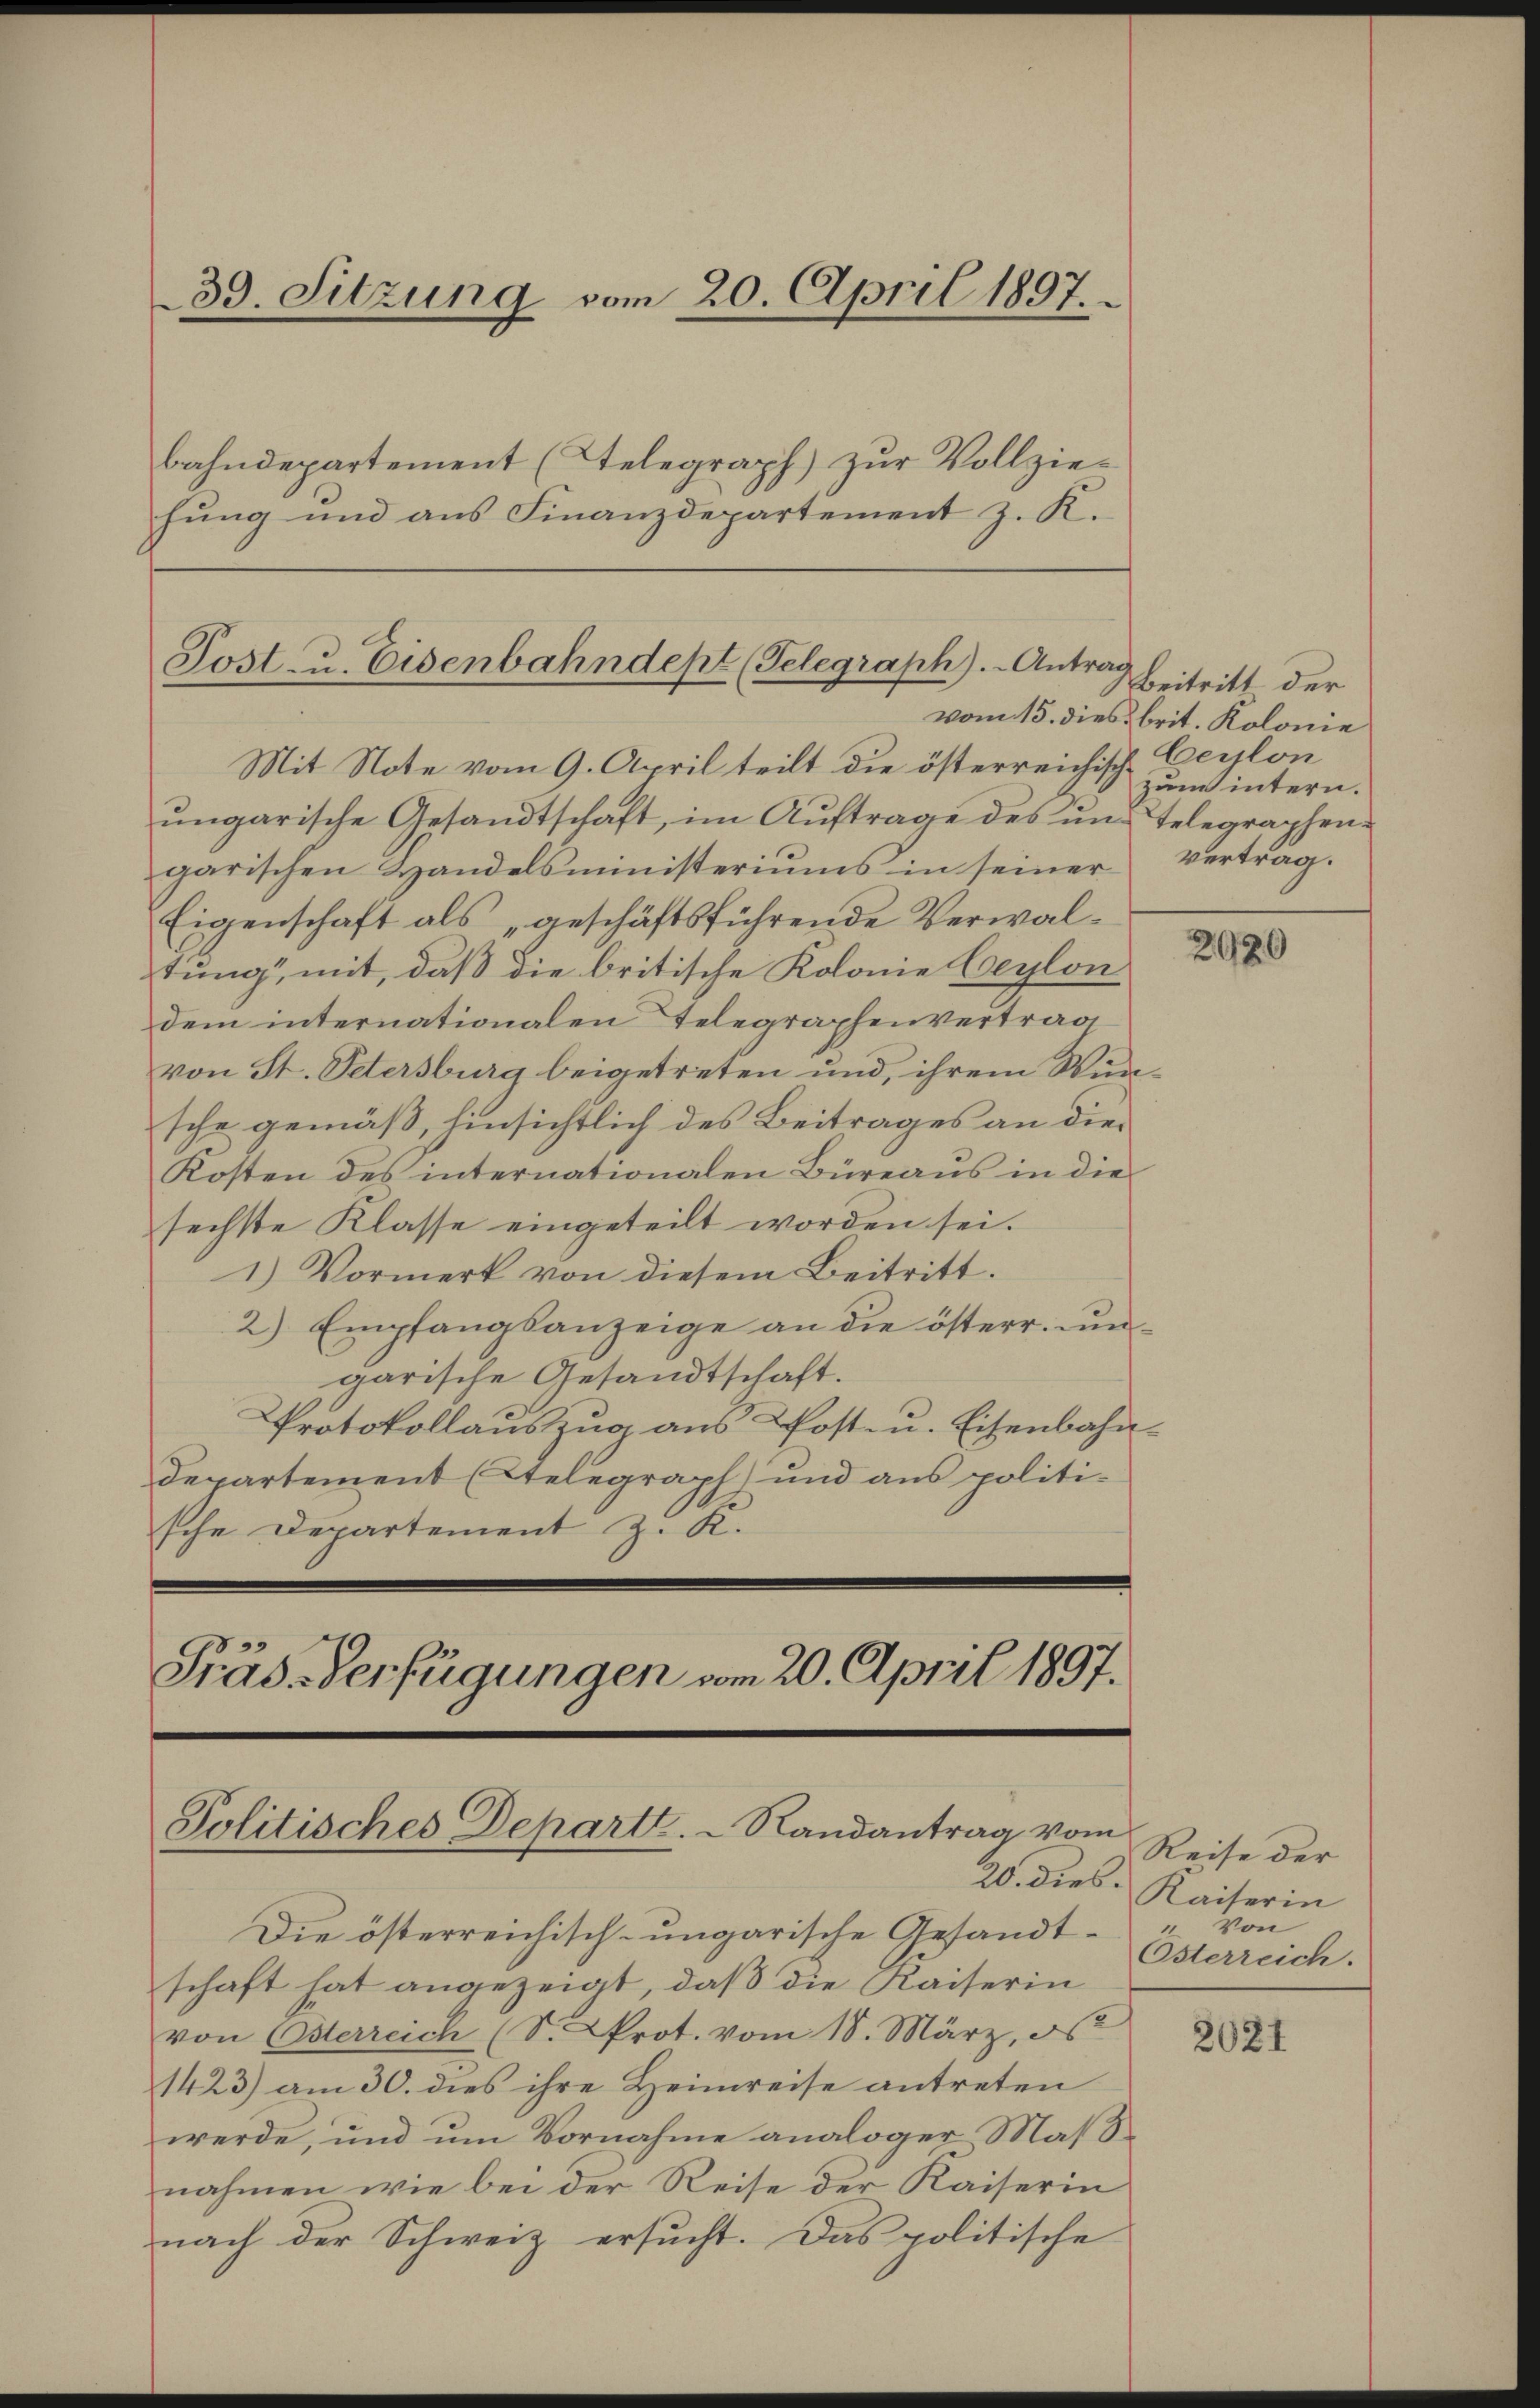
39. Sitzung vom 20. April 1897.
bahndepartement (Telegraph) zur Vollziehung und aus Finanzdepartement z. K.

Post- u. Eisenbahndept (Telegraph). Antrag
Mit Note vom 9. April teilt die österreichisch Ceylon

ŭngarische Gesandtschaft, im Aŭftrage des um Telegraphen
garischen Handelsministeriums in seiner Vertrag.
Eigenschaft als „geschäftsführende Verwaltung, mit, daß die britische Kolonie Ceylon
dem internationalen Telegraphenvertrag
von St. Petersburg beigetreten und, ihrem Wunsche gemäß, hinsichtlich des Beitrages an die¬
Kosten des internationalen Büreaus in die
sechste Klasse eingeteilt worden sei.
1) Vormerk von diesem Beitritt.
2) Empfangsanzeige an die österr. un
garische Gesandtschaft.
Protokollaŭszŭg ans Post- u. Eisenbahn-
Departement (Telegraph) und aus politi-
sche Departement z. K.

Präs.-Verfügungen vom 20. April 1897.
Politisches Departe. - Randantrag vom
20. dies

Die österreichisch-ungarische Gesandt von
schaft hat angezeigt, daß die Kaiserin
von Osterreich (S. Prot. vom 18. März, 56
1423) am 30. dies ihre Heimreise antreten
werde, und um Vornahme analoger Maßnahmen wie bei der Reise der Kaiserin
nach der Schweiz ersucht. Das politische

Beitritt der
vom 15. dies brit. Kolonie
zum intern.

2020

Reise der
Kaiserin
Osterreich.

2021